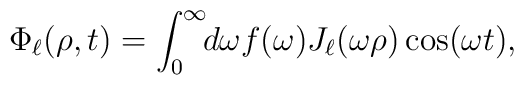
\Phi_\ell(\rho,t) = \int_0^\infty \! \! d\omega f(\omega) J_\ell(\omega \rho)    \cos(\omega t),